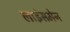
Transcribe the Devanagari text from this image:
लाइंसमेन